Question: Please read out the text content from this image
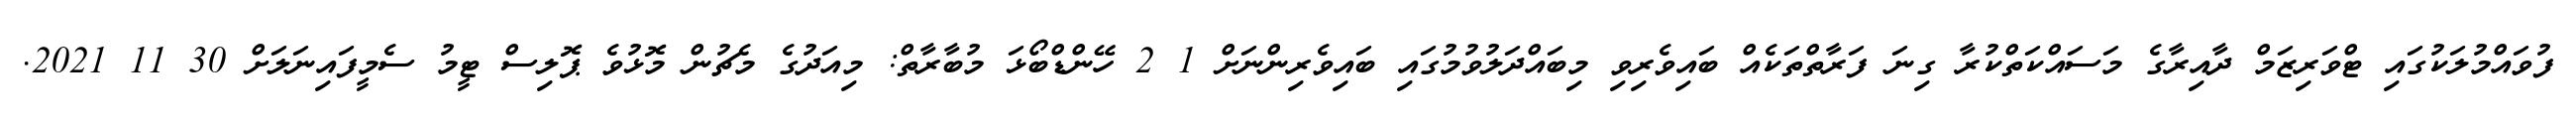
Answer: ފުވައްމުލަކުގައި ޓްވަރިޒަމް ދާއިރާގެ މަސައްކަތްކުރާ ގިނަ ފަރާތްތަކެއް ބައިވެރިވި މިބައްދަލުވުމުގައި ބައިވެރިންނަށް 1 2 ހޭންޑްބޯޅަ މުބާރާތް: މިއަދުގެ މެޗުން މޮޅުވެ ޕޮލިސް ޓީމު ސެމީފައިނަލަށް 30 11 2021.